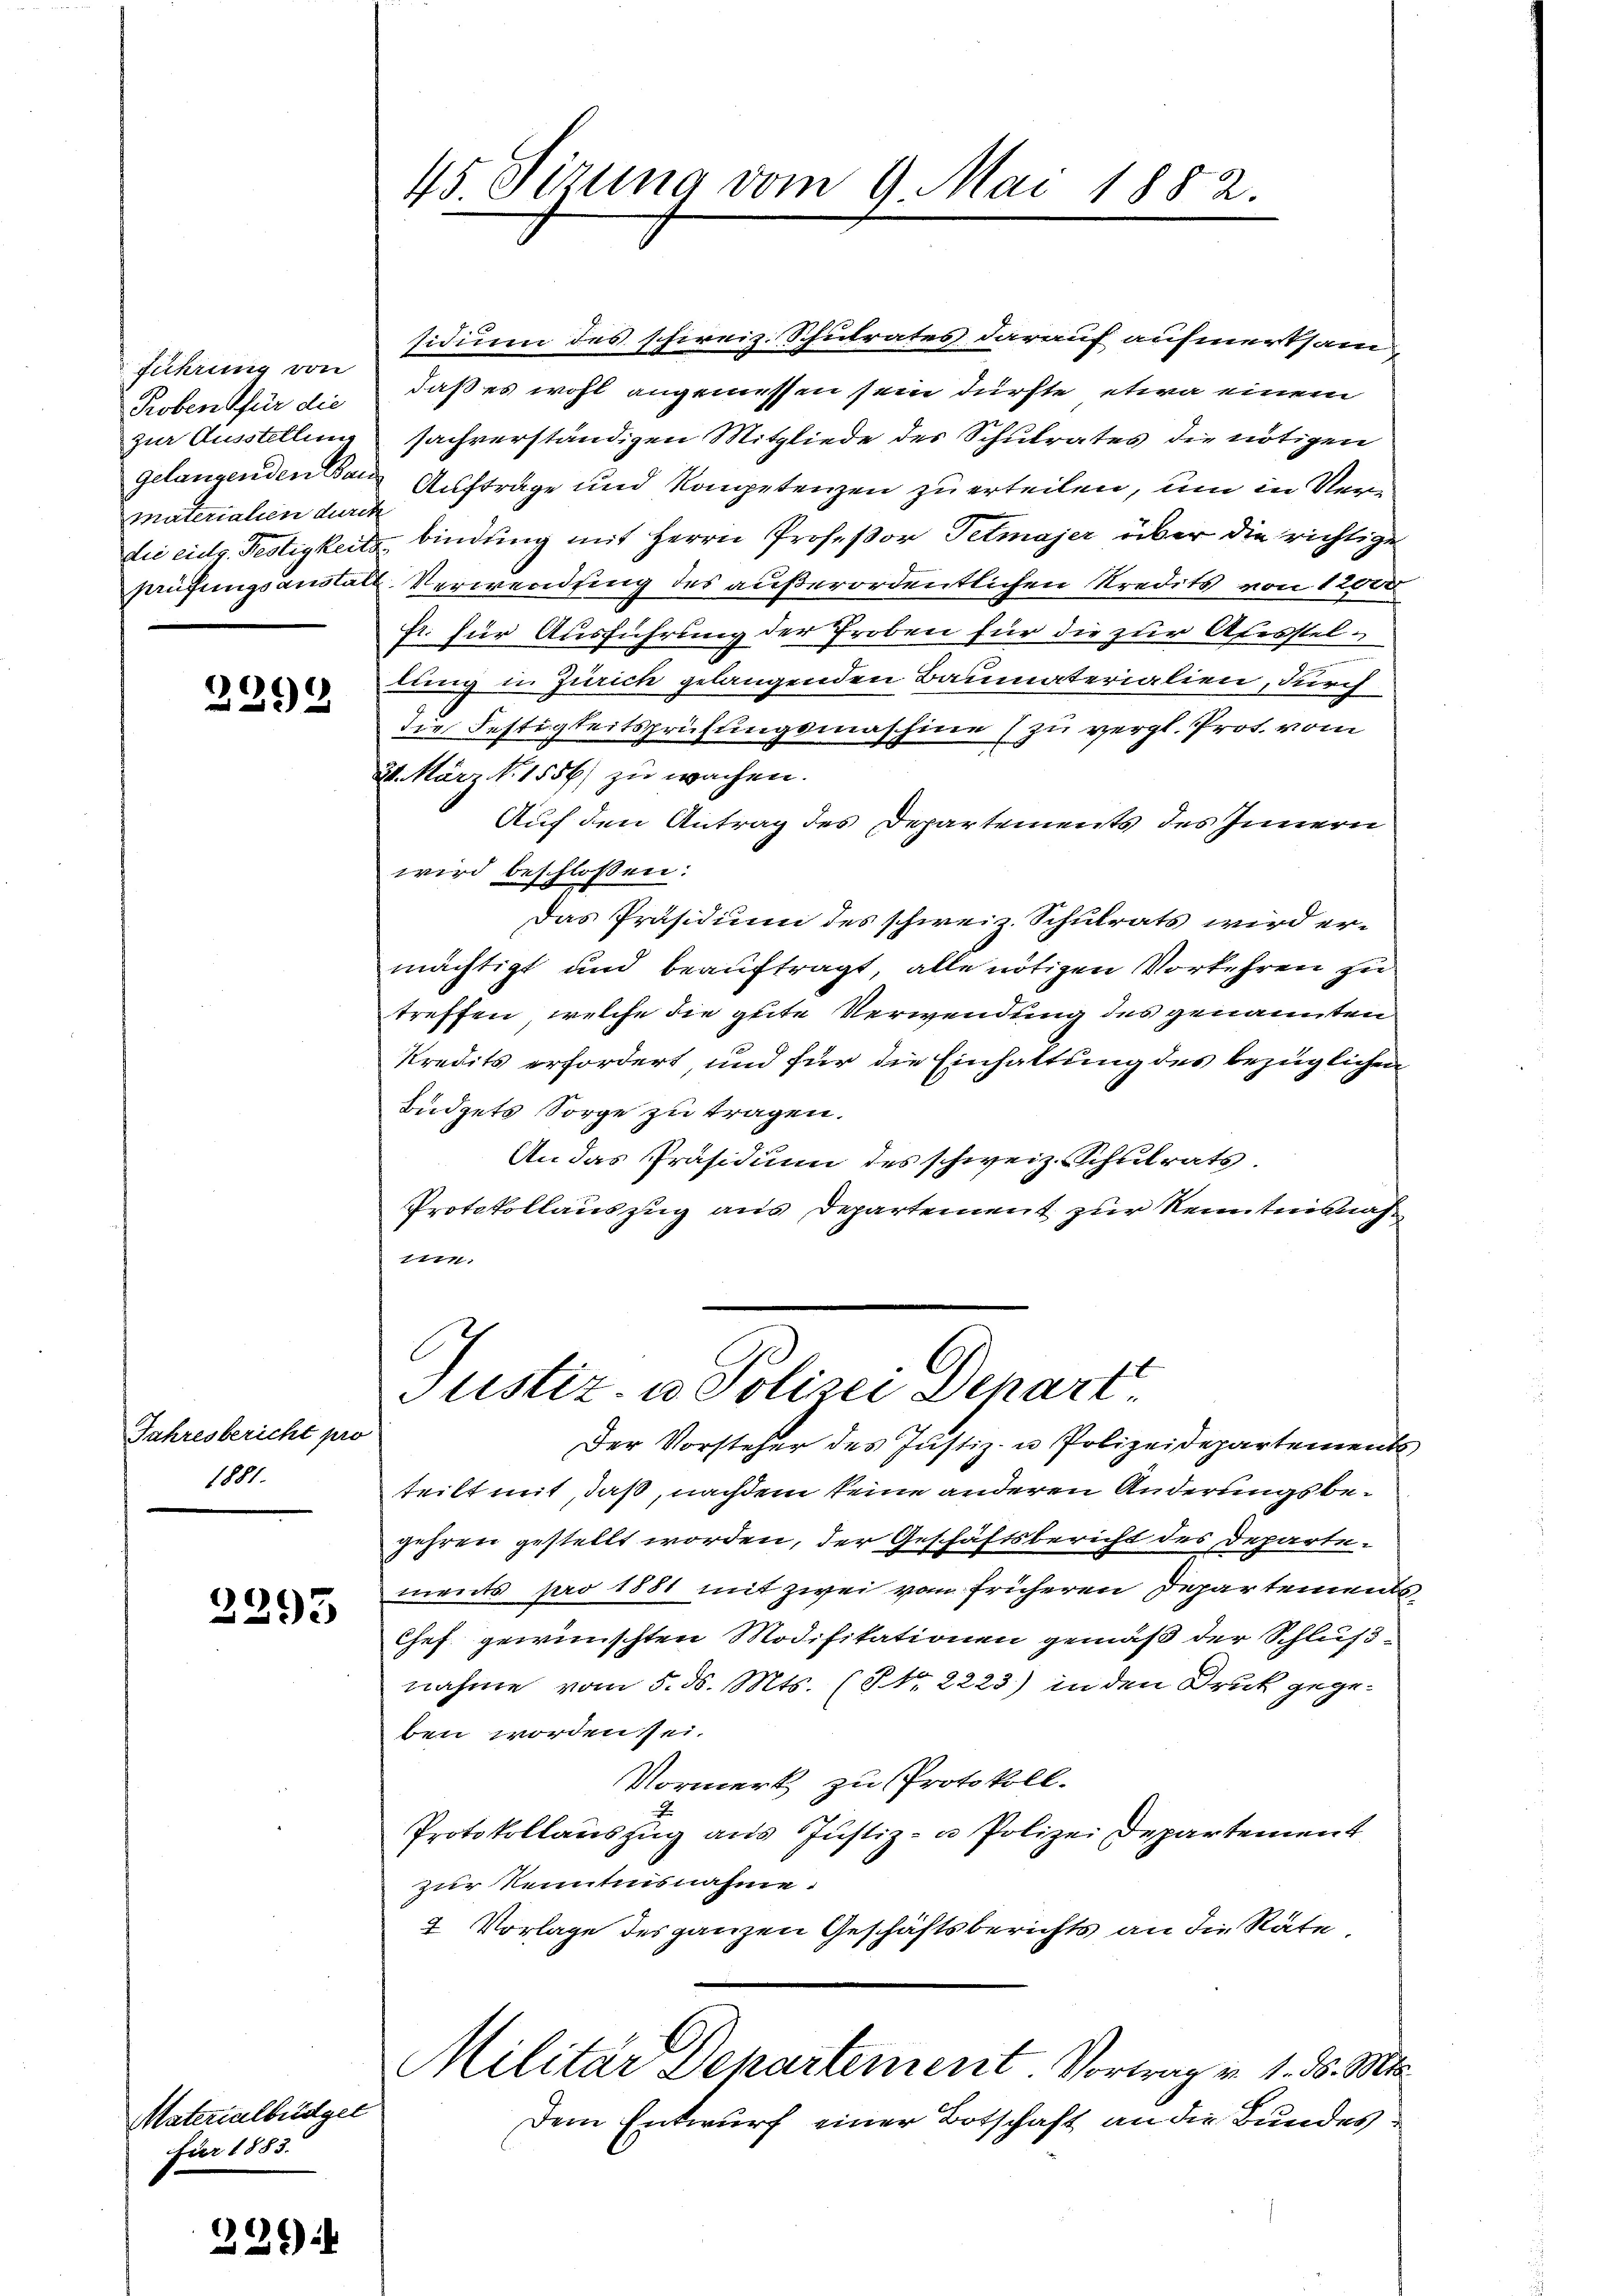
führung von
Roben für die
zur Ausstellung
gelangenden Bar
materialien durc
die eidg. Restigkeit
prüfungsanstan

2392

Jahresbericht pro
1881.

2293

Materialbüdget
für 1853.

229

45 Sizung vom 9. Mai 1882.

sidium des schweiz. Schulrates darauf aufmerksam
daß es wohl angemessen sein dürfte, etwa einem
sachverständigen Mitgliede des Schulrates die nötigen
Aufträge und Kompetenzen zu erteilen, um in Verf
bindung mit Herrn Profeßor Petmajer über die richtige
2. Verwendung des außerordentlichen Kredits von 12000
fr. für Ausführung der Proben für die zur Alessteldung in Zürich gelangenden Baumaterialien, durch
Die Festigkeitsprüfungsmaschine (zu vergl. Prof. vom
24. März d. 1556) zu wachen.
Auf den Antrag des Departements des Innern
wird beschlossen:
Das Präsidium des schweiz. Schulrats wird ermächtigt und beauftragt, alle nötigen Vorkehren zu
treffen, welche die gute Verwendung des genannten
Kredits erfordert, und für die Einhaltung des bezüglichen
Büdgets Sorge zu tragen.
An das Präsidium des schweiz. Schulrats.
Protokollauszug aus Departement zur Kenntnißnah¬
1771.
Justiz- u. Polizei Depart
Der Vorsteher des Justiz- u Polizeidepartements
teilt mit, daß, nachdem keine anderen Änderungsbegehren gestellt worden, der Geschäftsbericht des Departements pro 1881 mit zwei vom früheren Departements
Chef gewünschten Modifikationen gemäß der Schlußnahme vom 5. ds. Mts. (NNo. 2223) in den Druck gegeben worden sei.
Vormerk zu Protokoll.
2
Protokollauszug aus Justiz- u Polizei Departement
zur Kenntnisnahme.
2 Vorlage des ganzen Geschäftsberichts an die Räte
Militär Departement. Vortrag v. 1. d. Mts.
Dem Entwurf einer Botschaft an die Bundes¬